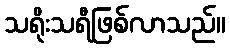
သရိုးသရီဖြစ်လာသည်။